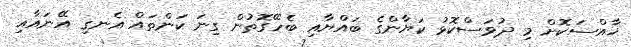
ޚާއްސަކޮށް މި ދުވަސްކޮޅު ކަޔާންގެ ބައްޔާއި ބެހޭގޮތުން ގިނަ ކަންތައް އެނގި އޭނައާއި